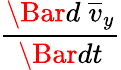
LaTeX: \frac{\Bar{d}\; \overline{{v}}_{y}}{\Bar{dt}}